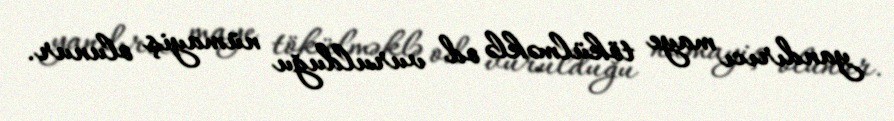
yandırıcı maye tökülməklə od vurulduğu nümayiş olunur.